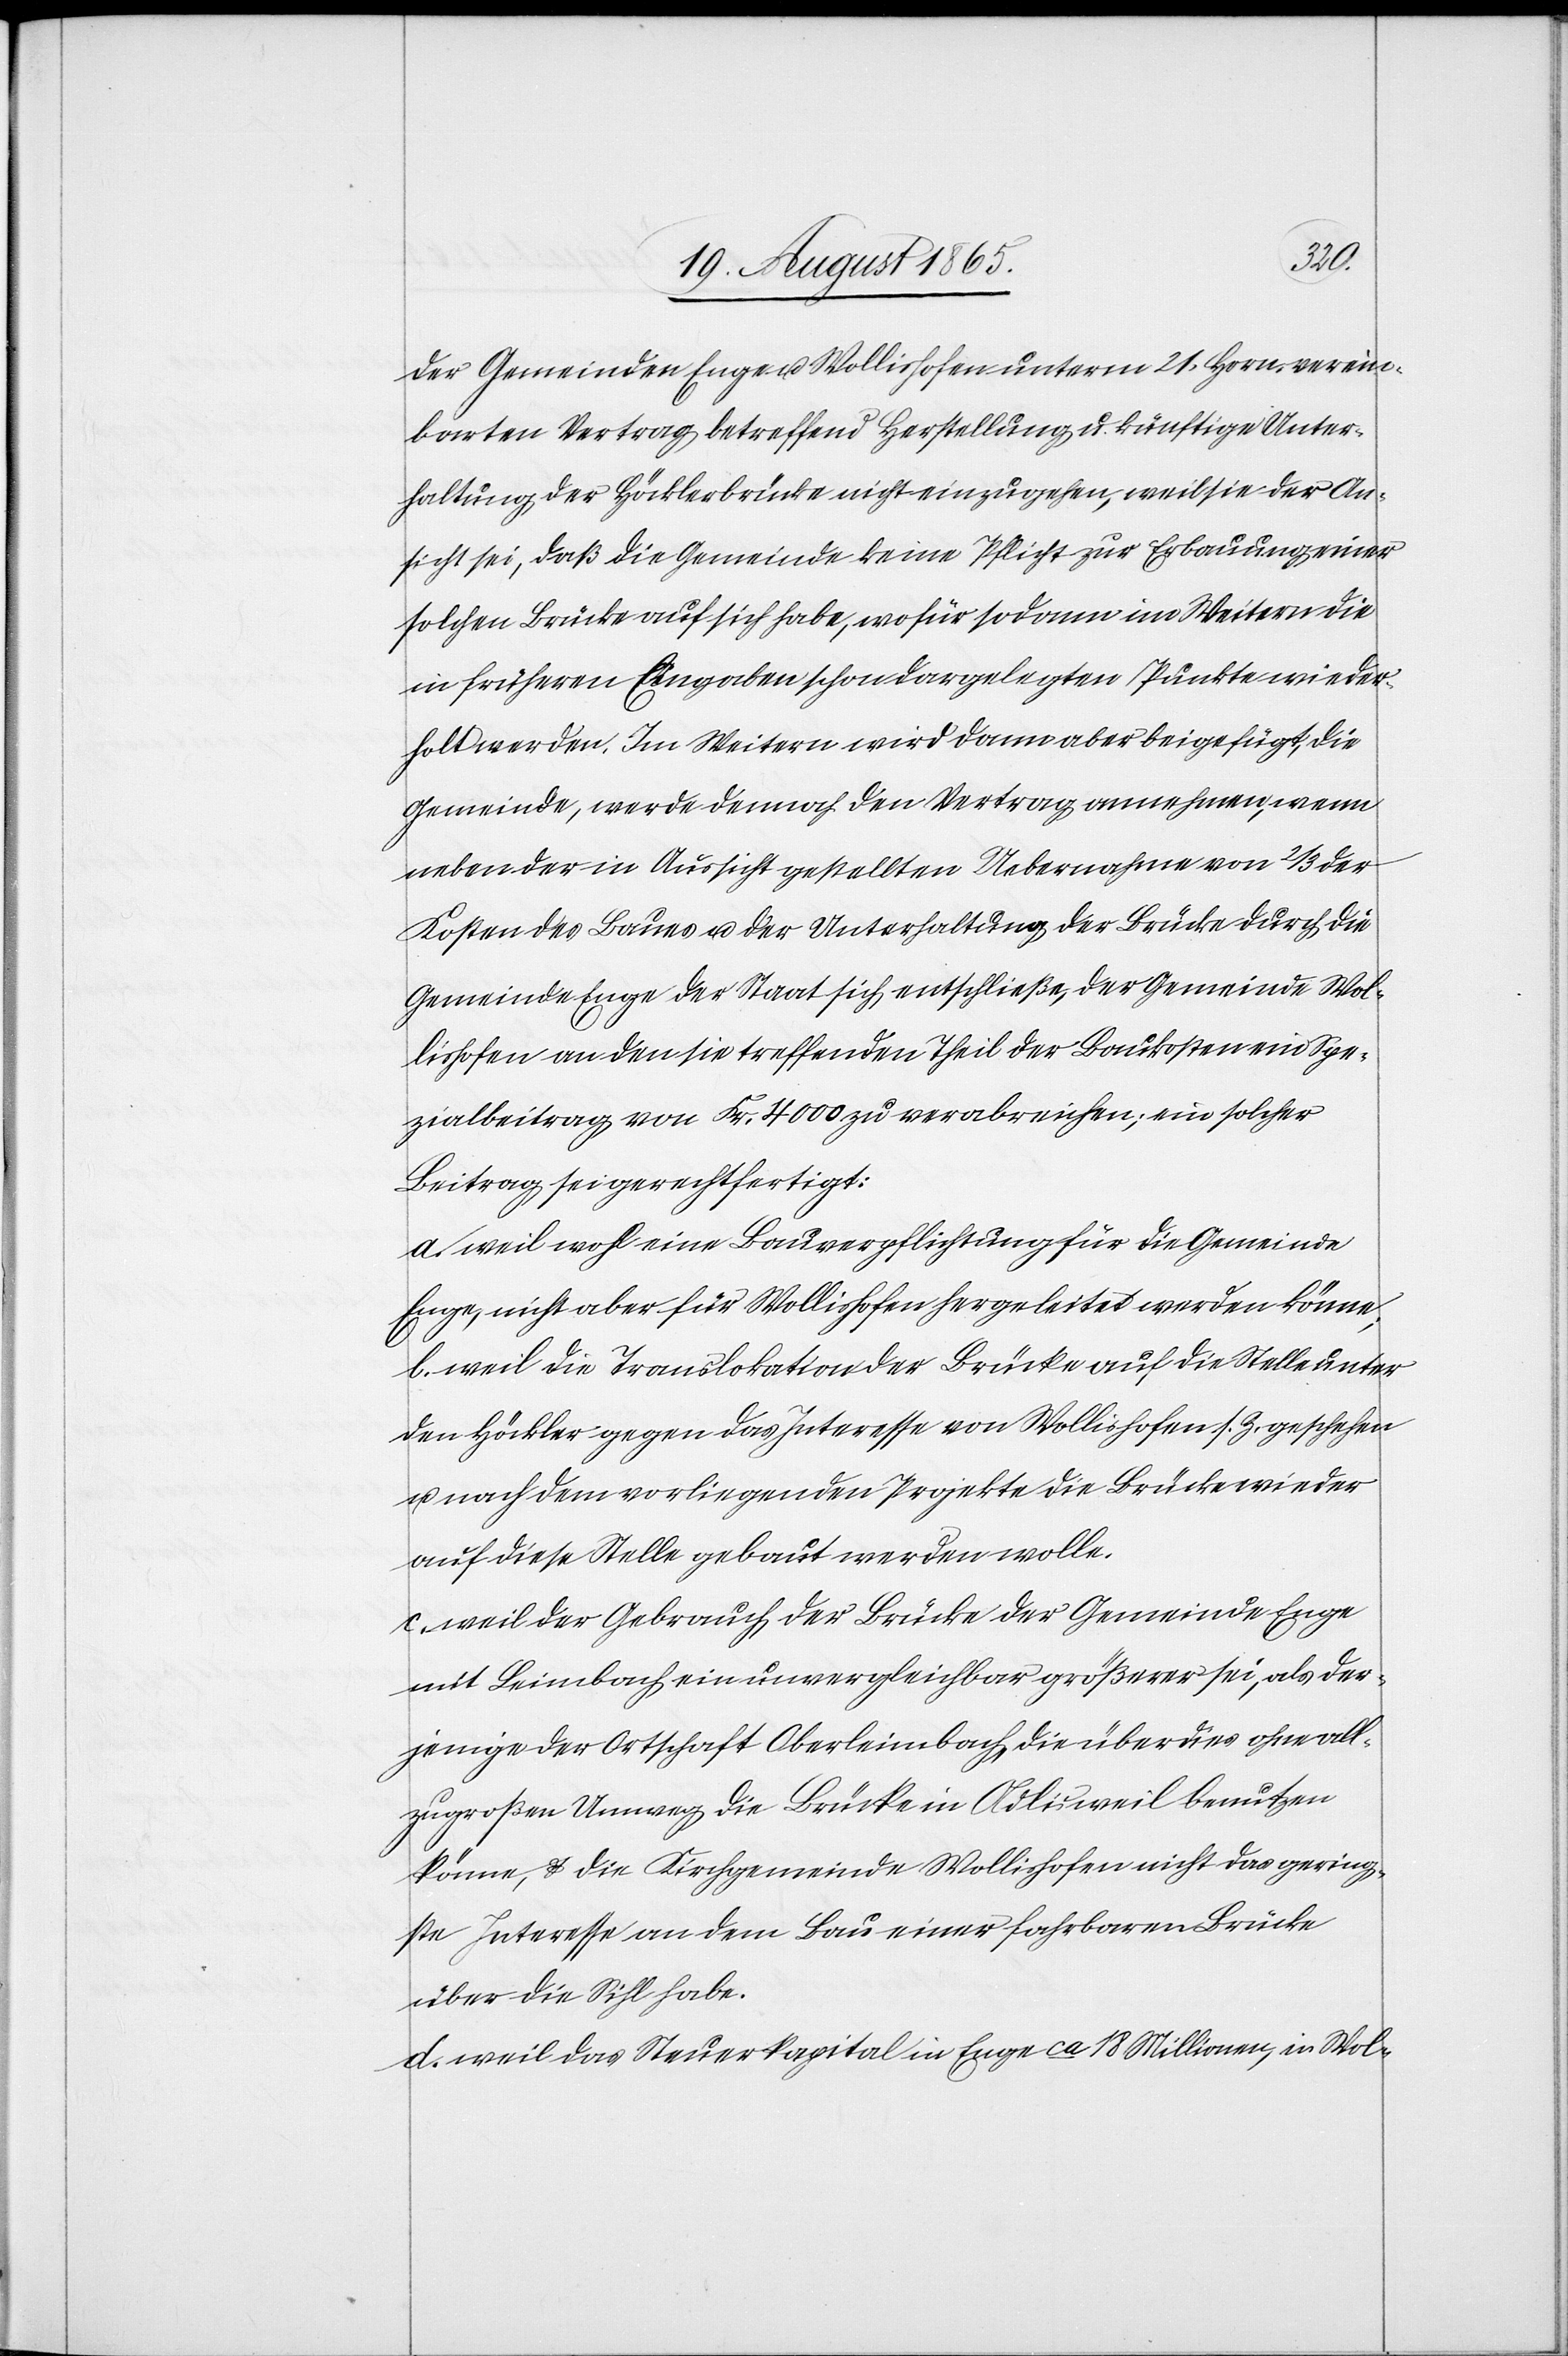
der Gemeinden Enge u. Wollishofen unterm 21. Horn. verein¬
barten Vertrag betreffend Herstellung u. künftige Unter¬
haltung der Höcklerbrücke nicht einzugehen, weil sie der An¬
sicht sei, daß die Gemeinde keine Pflicht zur Erbauung einer
solchen Brücke auf sich habe, wofür sodann im Weitern die
in früheren Eingaben schon dargelegten Punkte wieder¬
holt werden. Im Weitern wird dann aber beigefügt, die
Gemeinde, werde dennoch den Vertrag annehmen, wenn
neben der in Aussicht gestellten Uebernahme von 2/3 der
Kosten des Baues u. der Unterhaltung der Brücke durch die
Gemeinde Enge der Staat sich entschließe, der Gemeinde Wol¬
lishofen an den sie treffenden Theil der Baukosten ein Spe¬
zialbeitrag von Fr. 4000 zu verabreichen; ein solcher
Beitrag sei gerechtfertigt:
a. weil wohl eine Bauverpflichtung für die Gemeinde
Enge, nicht aber für Wollishofen hergeleitet werden könne;
b. weil die Translokation der Brücke auf die Stelle unter
den Höckler gegen das Interesse von Wollishofen s. Z. geschehen
u. nach dem vorliegenden Projekte die Brücke wieder
auf diese Stelle gebaut werden wolle.
c. weil der Gebrauch der Brücke der Gemeinde Enge
mit Leimbach ein unvergleichbar größerer sei, als der¬
jenige der Ortschaft Oberleimbach, die überdies ohne all¬
zugroßen Umweg die Brücke in Adlisweil benutzen
könne, u. die Kirchgemeinde Wollishofen nicht das gering¬
ste Interesse an dem Bau einer fahrbaren Brücke
über die Sihl habe.
d. weil das Steuerkapital in Enge ca 18 Millionen, in Wol-